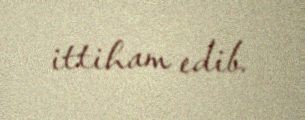
ittiham edib.